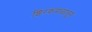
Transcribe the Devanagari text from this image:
शिरकमळातून